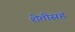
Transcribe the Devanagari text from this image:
शेतीसह